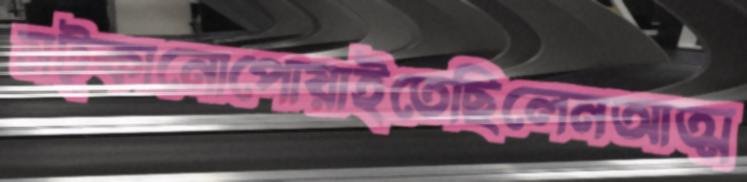
মট্‌কানোপোয়াইতেছিলেনআত্ম